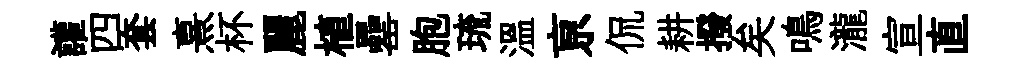
讙四套熹杯麗植罍胞琉温亰侃耕撥矣鳴瀧宣直